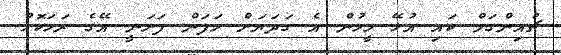
ޗުއިންގަމް ކައި އުޅޭ މީހުން އެ ގަދަޔަށް ހަފަން ފަށަނީ އޭގެ ރަހަކޮޅު